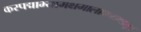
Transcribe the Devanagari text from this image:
करपद्माभ्यामक्षमालाकमण्डलू।